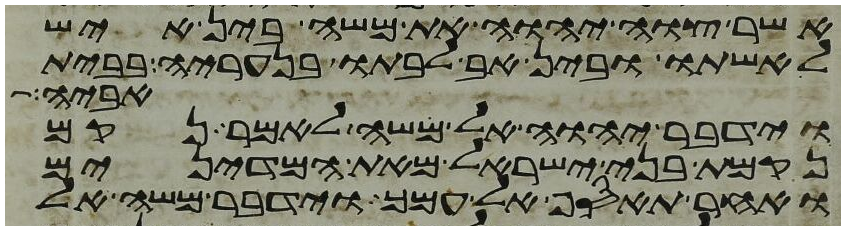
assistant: אשר צוה יהוה את משה בין איש
לאשתו ובין אב לבתו בנעריה בבית
אביה
וידבר יהוה אל משה לאמר נקם
נקמת בני ישראל מאת המדינים
ואחר תאסף אל עמך וידבר משה אל